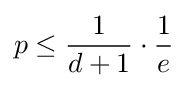
p\leq {\frac {1}{d+1}}\cdot {\frac {1}{e}}